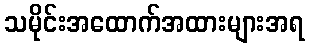
သမိုင်းအထောက်အထားများအရ